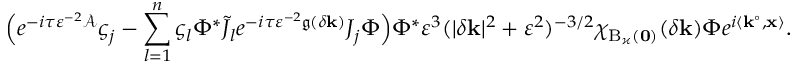
\Bigl ( e ^ { - i \tau \varepsilon ^ { - 2 } \mathcal { A } } \varsigma _ { j } - \sum _ { l = 1 } ^ { n } \varsigma _ { l } \Phi ^ { * } \tilde { J } _ { l } e ^ { - i \tau \varepsilon ^ { - 2 } \mathfrak { g } ( \delta \mathbf { k } ) } J _ { j } \Phi \Bigr ) \Phi ^ { * } \varepsilon ^ { 3 } ( | \delta \mathbf { k } | ^ { 2 } + \varepsilon ^ { 2 } ) ^ { - 3 / 2 } \chi _ { \mathrm { B } _ { \varkappa } ( \mathbf { 0 } ) } ( \delta \mathbf { k } ) \Phi e ^ { i \left\langle \mathbf { k } ^ { \circ } , \mathbf { x } \right\rangle } .